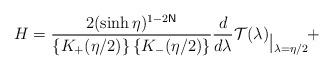
LaTeX: \begin{align*}H=\frac{2(\sinh \eta )^{1-2\mathsf{N}}}{\{K_{+}(\eta /2)\}\,\{K_{-}(\eta /2)\}}\frac{d}{d\lambda }\mathcal{T}(\lambda )_{\,\vrule height13ptdepth1pt\>{\lambda =\eta /2}\!}+ \end{align*}